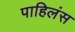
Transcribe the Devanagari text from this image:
पाहिलंस